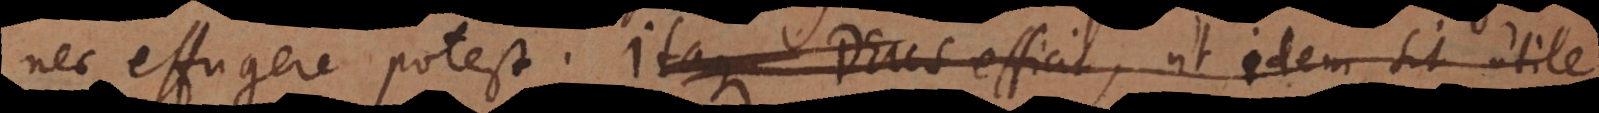
nec effugere potest. Itaque Deus efficit, ut idem sit utile